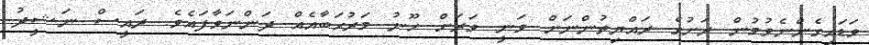
ވަޑައިގެންނެވުމުން ރަށުގެ ރައްޔިތުންނަށް ވަނީ ވަރަށް ހޫނު މަރުޙަބާއެއް ދަންނަވާފައެވެ. ރައީސް ނަޝީދު